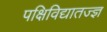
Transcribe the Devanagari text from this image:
पक्षिविद्यातज्ज्ञ